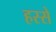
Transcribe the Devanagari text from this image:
हस्से